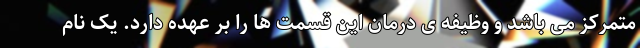
متمرکز می باشد و وظیفه ی درمان این قسمت ها را بر عهده دارد. یک نام